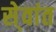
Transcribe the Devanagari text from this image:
से्वांत